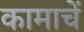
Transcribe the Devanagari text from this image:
कामाचें